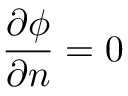
\frac { \partial \phi } { \partial n } = 0